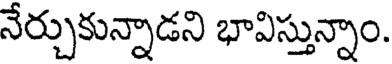
నేర్చుకున్నాడని భావిస్తున్నాం.